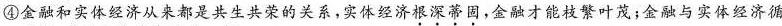
④金融和实体经济从来都是共生共荣的关系，实体经济根深蒂固，金融才能枝繁叶茂；金融与实体经济循